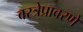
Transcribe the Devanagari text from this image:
वस्त्रेप्रावरणे